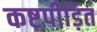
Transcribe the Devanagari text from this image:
कष्टपीड़ित